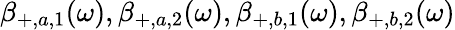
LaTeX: \beta_{+,a,1}(\omega),\beta_{+,a,2}(\omega),\beta_{+,b,1}(\omega),\beta_{+,b,2}(\omega)